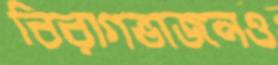
বিরাগভাজনও